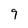
Character: 9